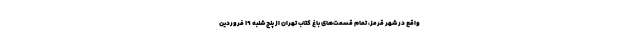
واقع در شهر قرمز، تمام قسمت‌های باغ کتاب تهران از پنج شنبه ۱۹ فروردین